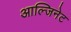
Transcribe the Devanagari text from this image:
आल्जिनेट